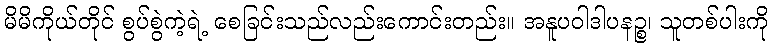
မိမိကိုယ်တိုင် စွပ်စွဲကဲ့ရဲ့ စေခြင်းသည်လည်းကောင်းတည်း။ အနူပဝါဒါပနဉ္စ၊ သူတစ်ပါးကို